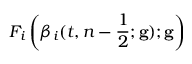
F _ { i } \left( \beta _ { i } ( t , n - \frac { 1 } { 2 } ; \mathbf { g } ) ; \mathbf { g } \right)